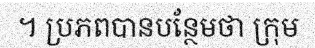
។ ប្រភពបានបន្ថែមថា ក្រុម